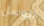
اتوسل